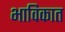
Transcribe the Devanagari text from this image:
भाविकात